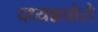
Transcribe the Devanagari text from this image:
दध्यन्नचोरो